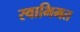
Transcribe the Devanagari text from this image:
स्वाभिमत